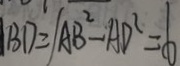
B D = / A B ^ { 2 } - A D ^ { 2 } = 6